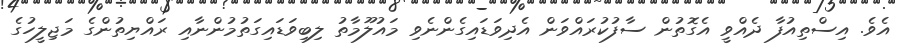
އެވެ. އިސްތިއުފާ ދެއްވީ އެގޮތުން ސާފުކުރައްވަން އެދިވަޑައިގެންނެވި މައުލޫމާތު ލިބިވަޑައިގަތުމުންނާއި ރައްޔިތުންގެ މަޖިލީހުގެ